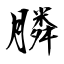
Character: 膦